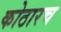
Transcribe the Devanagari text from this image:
कोठारच